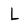
Character: L